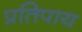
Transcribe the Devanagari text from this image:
प्रतिपाय